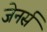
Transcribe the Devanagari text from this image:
जेनर्स